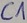
Text: C1